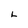
Character: L